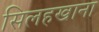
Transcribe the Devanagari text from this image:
सिलहखाना